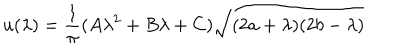
u ( \lambda ) = \frac { 1 } { \pi } ( A \lambda ^ { 2 } + B \lambda + C ) \sqrt { ( 2 a + \lambda ) ( 2 b - \lambda ) }